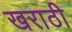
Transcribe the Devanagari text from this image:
खराठी